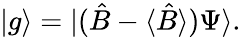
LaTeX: |g\rangle=|({\hat{B}}-\langle{\hat{B}}\rangle)\Psi\rangle.